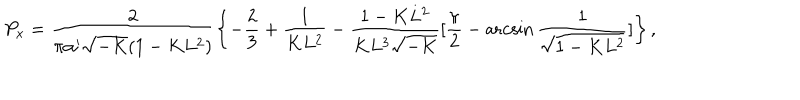
P _ { x } = \frac { 2 } { \pi \alpha ^ { \prime } \sqrt { - K } ( 1 - K L ^ { 2 } ) } \left\{ - \frac { 2 } { 3 } + \frac { 1 } { K L ^ { 2 } } - \frac { 1 - K L ^ { 2 } } { K L ^ { 3 } \sqrt { - K } } [ \frac { \pi } { 2 } - \operatorname { a r c s i n } \frac { 1 } { \sqrt { 1 - K L ^ { 2 } } } ] \right\} ,